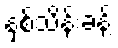
နှစ်သိန်းခန့်